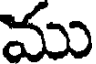
ము